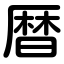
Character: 暦